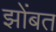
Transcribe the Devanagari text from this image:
झोंबत